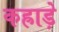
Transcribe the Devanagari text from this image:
कह्राड़े